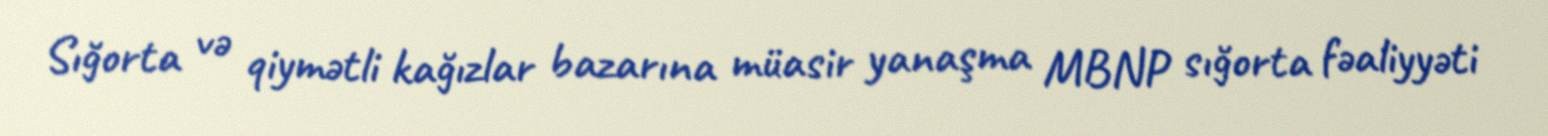
Sığorta və qiymətli kağızlar bazarına müasir yanaşma MBNP sığorta fəaliyyəti